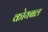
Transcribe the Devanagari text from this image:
कोयबल